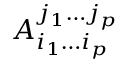
A _ { i _ { 1 } \dotsc i _ { p } } ^ { j _ { 1 } \dotsc j _ { p } }